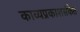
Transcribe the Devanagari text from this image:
काव्यप्रकाशसंकेत